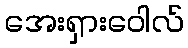
အေးရှားဝေါလ်